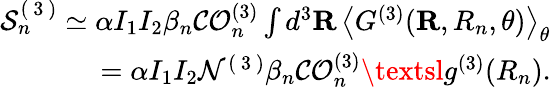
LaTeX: \begin{array}{r}{\mathcal{S}_{n}^{(\mathrm{~3~})}\simeq\alpha I_{1}I_{2}\beta_{n}\mathcal{CO}_{n}^{(3)}\int d^{3}\mathbf{R}\, \left\langle{G^{(3)}}(\mathbf{R},R_{n},\theta)\right\rangle_{\theta}}\\ {=\alpha I_{1}I_{2}\mathcal{N}^{(\mathrm{~3~})}\beta_{n}\mathcal{CO}_{n}^{(3)}\textsl{g}^{(3)}(R_{n}).}\end{array}